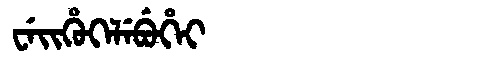
Manchu: ᠸᡝᡳᡥᡠᡴᡝᠯᡝᠪᡠᡥᡝᡳ
Romanization: WEIHUKELEBUHEI